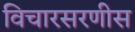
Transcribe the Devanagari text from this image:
विचारसरणीस